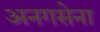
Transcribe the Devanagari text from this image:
अनगसेना